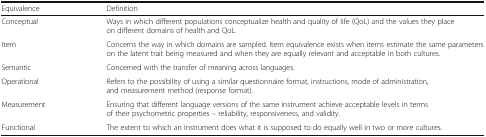
<table><thead><tr><td><b>Equivalence</b></td><td><b>Definition</b></td></tr></thead><tbody><tr><td>Conceptual</td><td>Ways in which different populations conceptualize health and quality of life (QoL) and the values they place on different domains of health and QoL.</td></tr><tr><td>Item</td><td>Concerns the way in which domains are sampled. Item equivalence exists when items estimate the same parameters on the latent trait being measured and when they are equally relevant and acceptable in both cultures.</td></tr><tr><td>Semantic</td><td>Concerned with the transfer of meaning across languages.</td></tr><tr><td>Operational</td><td>Refers to the possibility of using a similar questionnaire format, instructions, mode of administration, and measurement method (response format).</td></tr><tr><td>Measurement</td><td>Ensuring that different language versions of the same instrument achieve acceptable levels in terms of their psychometric properties – reliability, responsiveness, and validity.</td></tr><tr><td>Functional</td><td>The extent to which an instrument does what it is supposed to do equally well in two or more cultures.</td></tr></tbody></table>